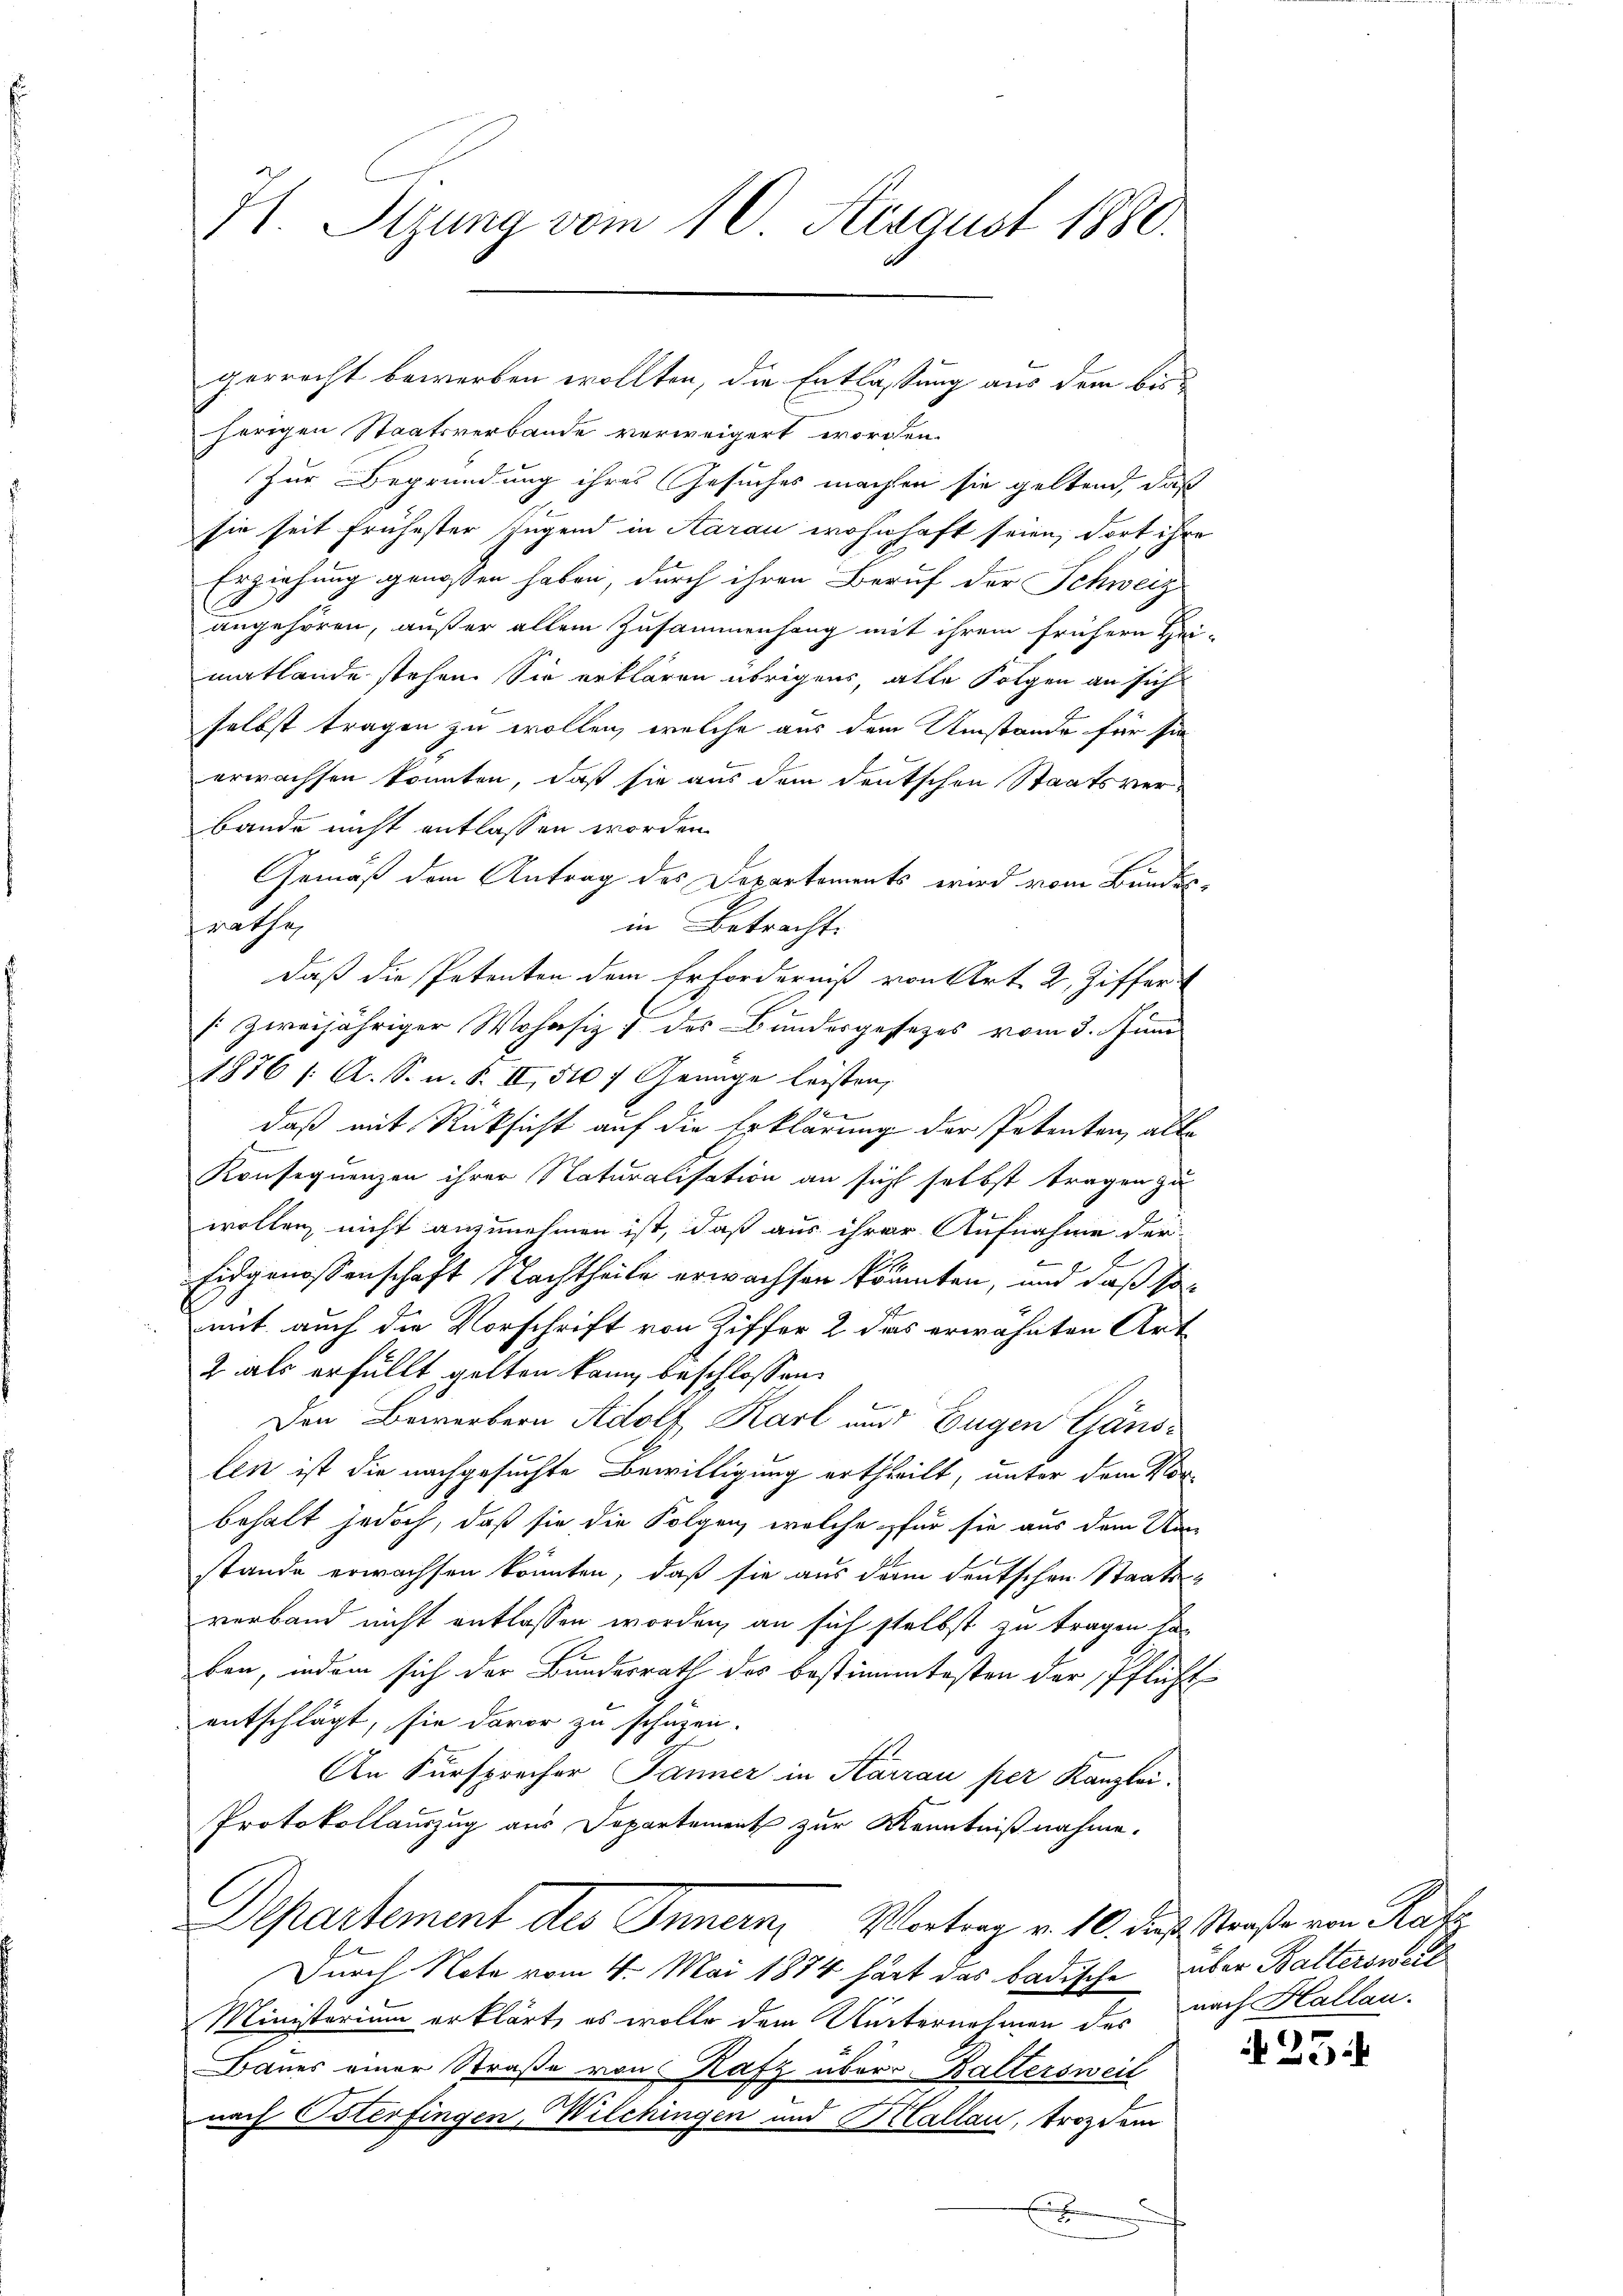
H. Sizung vom 10. August 1880.

herigen Staatsverbande verweigert worden.
Zur Begründung ihres Gesuches machten sie geltend, daß
sie seit frühester Jugend in Aarau wohnhaft seien, dort ihre
Erziehung genossen haben, durch ihren Beruf der Schweiz
(
angehören, außer allein Zusammenhang mit ihrem frühern Hei-
matlande stehen. Sie erklären übrigen, alle Folgen an sich
selbst tragen zu wollen, welche aus dem Umstände für sie
erwachsen könnten, daß sie aus dem deutschen Staatsverbande nicht entlassen worden.
Gemäß dem Antrag des Departements wird vom Bundes-
in Betracht.
frathe
daß die Petenten dem Erforderniß von Art. 2, Ziffer
[ zweijähriger Wohnsiz & des Bundesgesezes vom 3. Juni
1876 f. A. S. u. F. II, 510 f Genüge leisten,
2
E
daß mit Rücksicht auf die Erklärung der Patenten, alle
d
Konsequenzen ihrer Naturalisation an sich selbst tragen zu
wollen, nicht anzunehmen ist, daß aus ihrer Aufnahme der-
2
Eidgenossenschaft Nachtheile erwachsen könnten, und daß so
mit auch die Vorschrift von Ziffer 2 das erwähnten Art
2 als erfüllt gelten kann beschlossen:
Den Bewerbern Adolf Karl und Eugen Gänslen ist die nachgesuchte Bewilligung ertheilt, unter dem Vorbehalt jedoch, daß sie die Folgen, welche für sie aus dem Um-
stande erwachsen könnten, daß sie aus denn deutschen Staats-
verband nicht entlassen worden, an sich selbst zu tragen ha
ben, indem sich der Bundesrath des bestimmtesten der Pflicht
entschlägt, sie davor zu schuzen.
An Fürsprecher Jänner in Karran per Kanzlei.
Protokollauszug aus Departement zur Kenntnißnahme.
Departement des Innern, Vortrag v. 10. der Straße von Rats
Durch Note vom 4. Mai 1874 hart das badische über Balterswort
Ministorium erklärt, es wolle dem Unternehmen der nach Hallau-
Baues einer Straße von Hafz über Baltersweit
nach Osterfingen, Wilchingen und Hallau, trotz dem

gerrecht bewerben wollten, die Entlassung aus dem bis¬

25